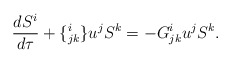
\begin{align*}\frac{dS^i}{d\tau} + \{^i_{jk} \}u^j S^k = - G^i_{jk}u^j S^k.\end{align*}